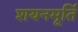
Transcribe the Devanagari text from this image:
शयनमूर्ति